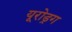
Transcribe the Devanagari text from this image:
यूरोड्रग